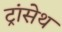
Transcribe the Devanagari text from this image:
ट्रांसेथ